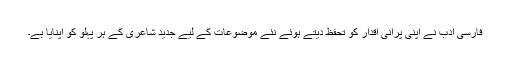
فارسی ادب نے اپنی پرانی اقدار کو تحفظ دیتے ہوئے نئے موضوعات کے لیے جدید شاعری کے ہر پہلو کو اپنایا ہے۔